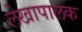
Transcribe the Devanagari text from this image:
लेखापालक